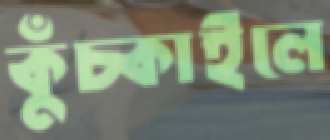
কুঁচ্‌কাইলে